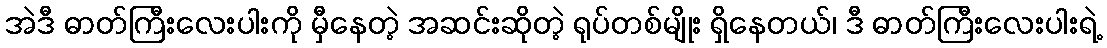
အဲဒီ ဓာတ်ကြီးလေးပါးကို မှီနေတဲ့ အဆင်းဆိုတဲ့ ရုပ်တစ်မျိုး ရှိနေတယ်၊ ဒီ ဓာတ်ကြီးလေးပါးရဲ့